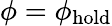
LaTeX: \phi=\phi_{\mathrm{hold}}